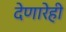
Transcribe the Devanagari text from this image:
देणारेही